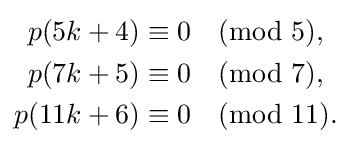
{\begin{aligned}p(5k+4)&\equiv 0{\pmod {5}},\\p(7k+5)&\equiv 0{\pmod {7}},\\p(11k+6)&\equiv 0{\pmod {11}}.\end{aligned}}